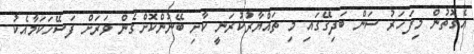
އެގޮތުން މިފަހަރު ސަން ބަދިގޭގައި މި ތައްޔާރުކުރަނީ ކާށި ބޭނުންކޮށްގެން ވަރަށް ފަސޭހަކަމާއެކު